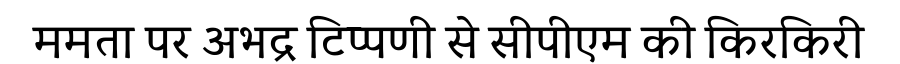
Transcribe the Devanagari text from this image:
ममता पर अभद्र टिप्पणी से सीपीएम की किरकिरी